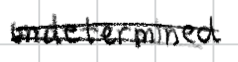
Text: undetermined
Cross-out: double-line
Writing tool: digital_black